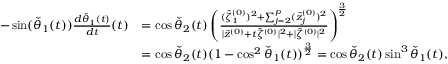
\begin{array} { r l } { - \sin ( \check { \theta } _ { 1 } ( t ) ) \frac { d \check { \theta } _ { 1 } ( t ) } { d t } ( t ) } & { = \cos \check { \theta } _ { 2 } ( t ) \left( \frac { ( \tilde { \zeta } _ { 1 } ^ { ( 0 ) } ) ^ { 2 } + \sum _ { j = 2 } ^ { p } ( \tilde { z } _ { j } ^ { ( 0 ) } ) ^ { 2 } } { | \tilde { z } ^ { ( 0 ) } + t \tilde { \zeta } ^ { ( 0 ) } | ^ { 2 } + | \tilde { \zeta } ^ { ( 0 ) } | ^ { 2 } } \right) ^ { \frac { 3 } { 2 } } } \\ & { = \cos \check { \theta } _ { 2 } ( t ) ( 1 - \cos ^ { 2 } \check { \theta } _ { 1 } ( t ) ) ^ { \frac { 3 } { 2 } } = \cos \check { \theta } _ { 2 } ( t ) \sin ^ { 3 } \check { \theta } _ { 1 } ( t ) , } \end{array}